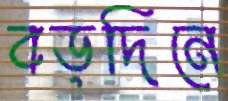
বড়দিনে